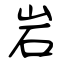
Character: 岩